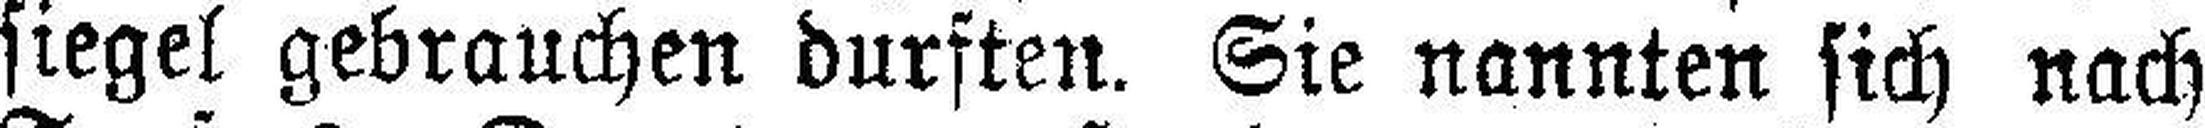
siegel gebrauchen durften. Sie nannten sich nach